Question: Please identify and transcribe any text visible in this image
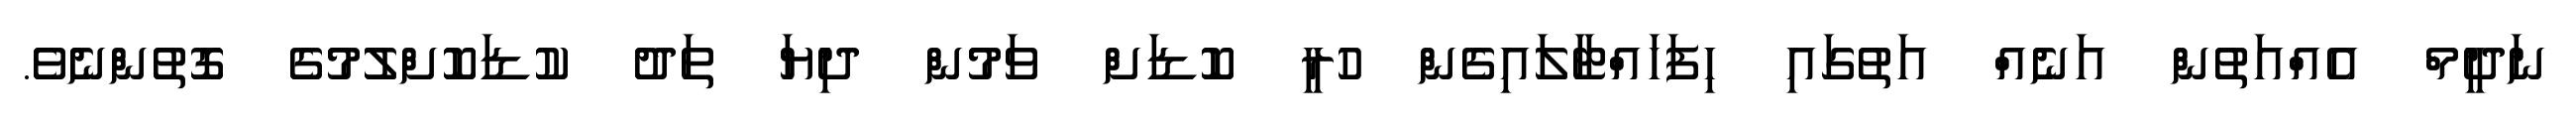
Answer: ނަދީމް އެއްއަތުން އަނެއް އަތުގައި ހިފަހައްޓާލައިގެން ހުރީ ކޮޑަށް ވަމުން ދިޔަ ތަދު ކުޑަކޮށްލުމުގެ ގޮތުންނެވެ.